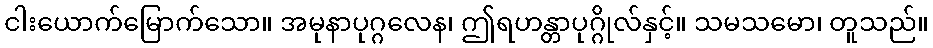
ငါးယောက်မြောက်သော။ အမုနာပုဂ္ဂလေန၊ ဤရဟန္တာပုဂ္ဂိုလ်နှင့်။ သမသမော၊ တူသည်။